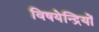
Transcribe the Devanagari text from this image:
विषयेन्द्रियों